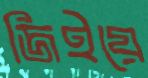
জিইয়ে